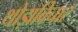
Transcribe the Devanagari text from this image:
थोड़ाविचार